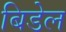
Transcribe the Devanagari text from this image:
बिडेल